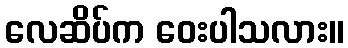
လေဆိပ်က ဝေးပါသလား။